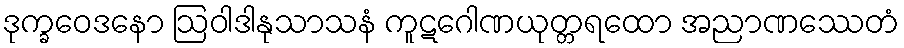
ဒုက္ခဝေဒနော ဩဝါဒါနုသာသနံ ကူဋဂေါဏယုတ္တရထော အညာဏဿေတံ